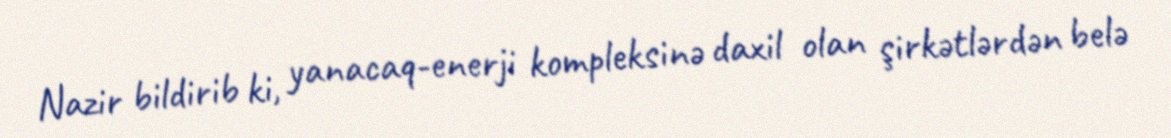
Nazir bildirib ki, yanacaq-enerji kompleksinə daxil olan şirkətlərdən belə